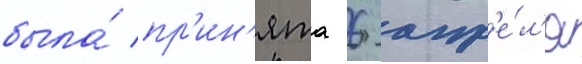
была́ пр'ин'ята 6 апр'е́л'я